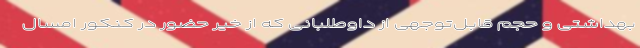
بهداشتی و حجم قابل‌توجهی از داوطلبانی که از خیر حضور در کنکور امسال